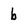
Character: b